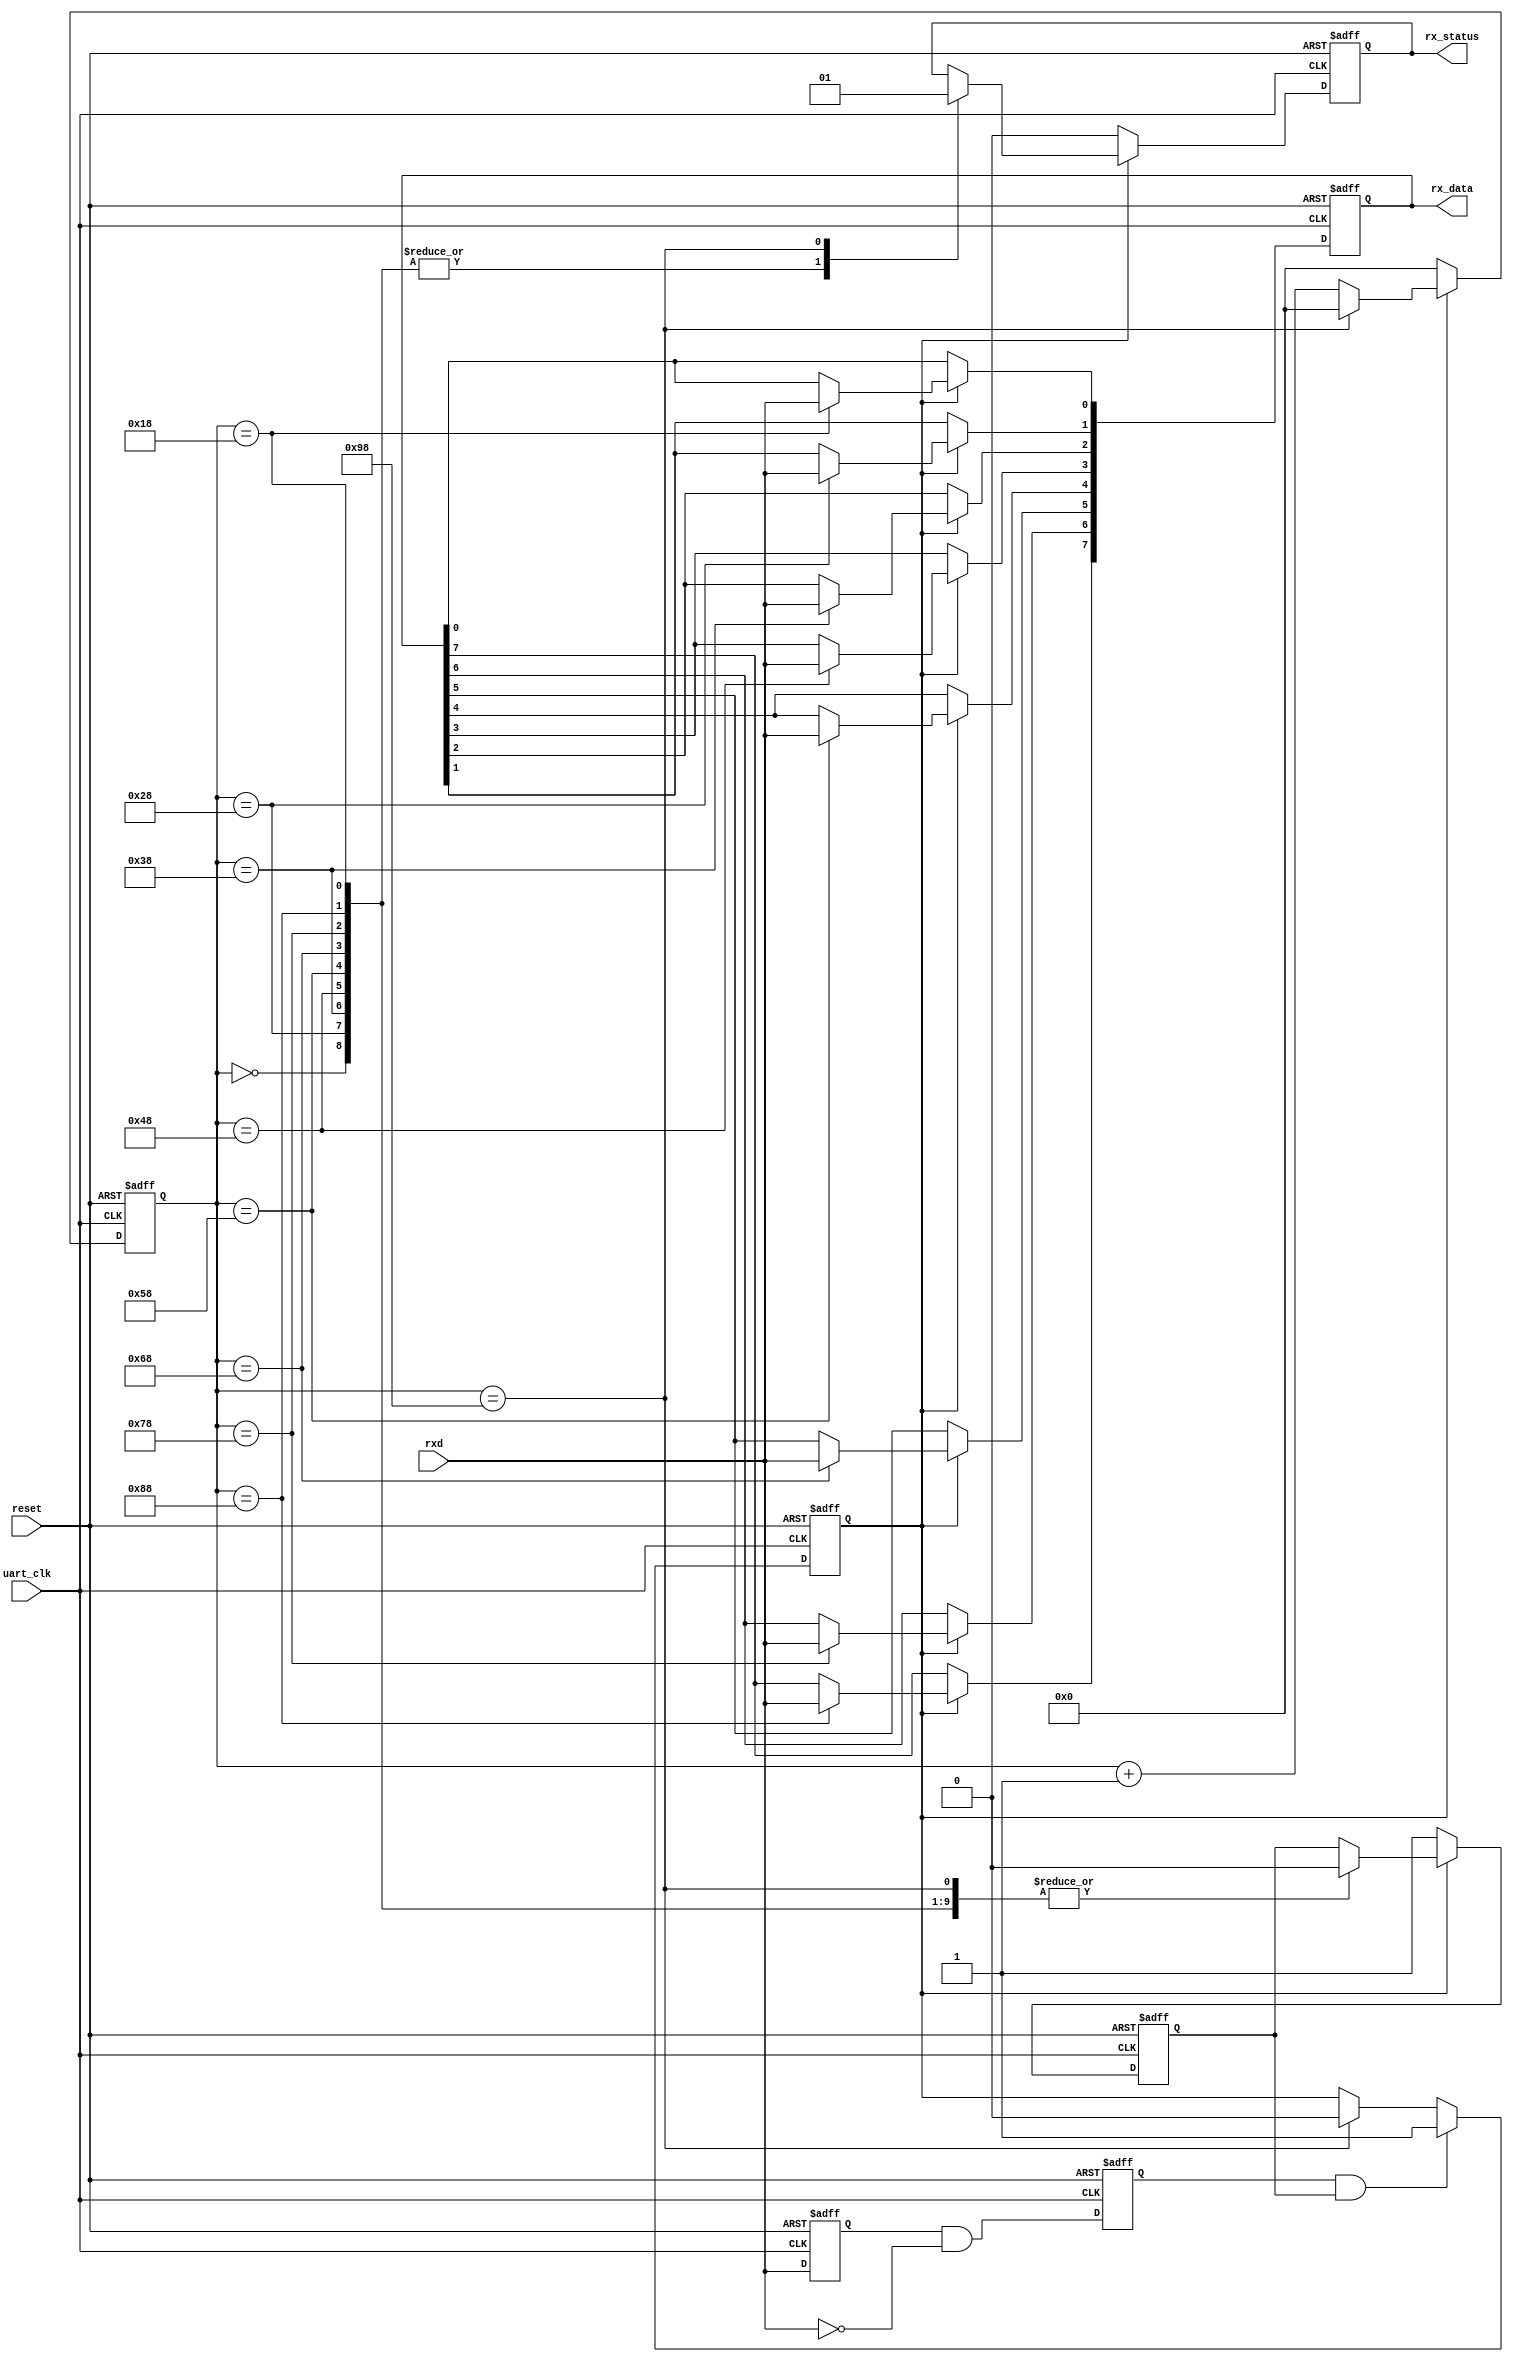
`timescale 1ns/1ps
//2013011076 Wang Han
//UART Receiver

module uartrx(reset, uart_clk, rxd, rx_data, rx_status);
	input reset, uart_clk, rxd;
	output reg [7:0] rx_data;
	output reg rx_status;
	reg [7:0] cnt;
	reg sigbuf, sigfall, receiving, idle;
	
	initial begin
		cnt <= 8'b0;
		rx_data <= 8'b0;
		rx_status <= 1'b0;
		sigbuf <= 1'b1;
		sigfall <= 1'b0;
		receiving <= 1'b0;
		idle <= 1'b1;				//1=idle
	end
	
	//find the negedge of rxd
	always @(negedge reset or posedge uart_clk) 
	begin
		if (~reset)
			begin
				sigbuf <= 1'b1;
				sigfall <= 1'b0;
			end
		else
			begin 
				sigbuf <= rxd;
				sigfall <= sigbuf & (~rxd);
			end
	end
	
	always @(negedge reset or posedge uart_clk)
	begin
		if (~reset)
			receiving <= 1'b0;
		else
		begin
			if (sigfall && idle) 		//negedge detected && idle
				receiving <= 1'b1;
			else
				if(cnt == 8'd152) 		//a byte has been transferred
					receiving <= 1'b0;
		end
	end

	always @(negedge reset or posedge uart_clk)
	begin
		if (~reset)
			begin
				idle <= 1'b1;
				cnt <= 8'b0;
				rx_status <= 1'b0;
				rx_data <= 8'b0;
			end
		else
		begin
			if (receiving)
			begin
				case (cnt)
					//start bit
					8'd0:
						begin
							idle <= 1'b0;
							cnt <= cnt + 8'd1;
							rx_status <= 1'b0;
						end
					//rx_data
					8'd24: 
						begin
							idle <= 1'b0;
							rx_data[0] <= rxd;
							cnt <= cnt + 8'd1;
							rx_status <= 1'b0;
						end
					8'd40: 
						begin
							idle <= 1'b0;
							rx_data[1] <= rxd;
							cnt <= cnt + 8'd1;
							rx_status <= 1'b0;
						end
					8'd56: 
						begin
							idle <= 1'b0;
							rx_data[2] <= rxd;
							cnt <= cnt + 8'd1;
							rx_status <= 1'b0;
						end
					8'd72: 
						begin
							idle <= 1'b0;
							rx_data[3] <= rxd;
							cnt <= cnt + 8'd1;
							rx_status <= 1'b0;
						end
					8'd88: 
						begin
							idle <= 1'b0;
							rx_data[4] <= rxd;
							cnt <= cnt + 8'd1;
							rx_status <= 1'b0;
						end
					8'd104: 
						begin
							idle <= 1'b0;
							rx_data[5] <= rxd;
							cnt <= cnt + 8'd1;
							rx_status <= 1'b0;
						end
					8'd120: 
						begin
							idle <= 1'b0;
							rx_data[6] <= rxd;
							cnt <= cnt + 8'd1;
							rx_status <= 1'b0;
						end
					8'd136: 
						begin
							idle <= 1'b0;
							rx_data[7] <= rxd;
							cnt <= cnt + 8'd1;
							rx_status <= 1'b0;
						end
					//stop bit
					8'd152: 
						begin
							idle <= 1'b0;
							rx_status <= 1'b1;
							cnt <= 8'd0;
						end
					default:
						begin
							cnt <= cnt + 8'd1;
						end
				endcase
			end
			else
			begin
				cnt <= 8'd0;
				idle <= 1'b1;
				rx_status <= 1'b0;
			end
		end
	end
endmodule